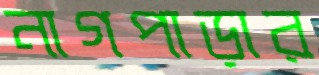
নাগপাড়ার